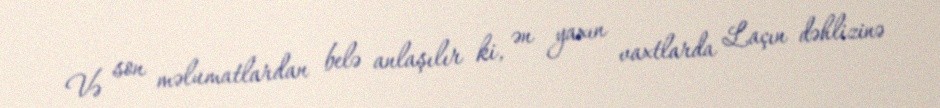
Və son məlumatlardan belə anlaşılır ki, ən yaxın vaxtlarda Laçın dəhlizinə